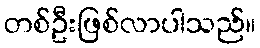
တစ်ဦးဖြစ်လာပါသည်။